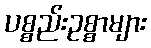
ပစ္စည်းဥစ္စာများ